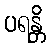
ပရန္တိ